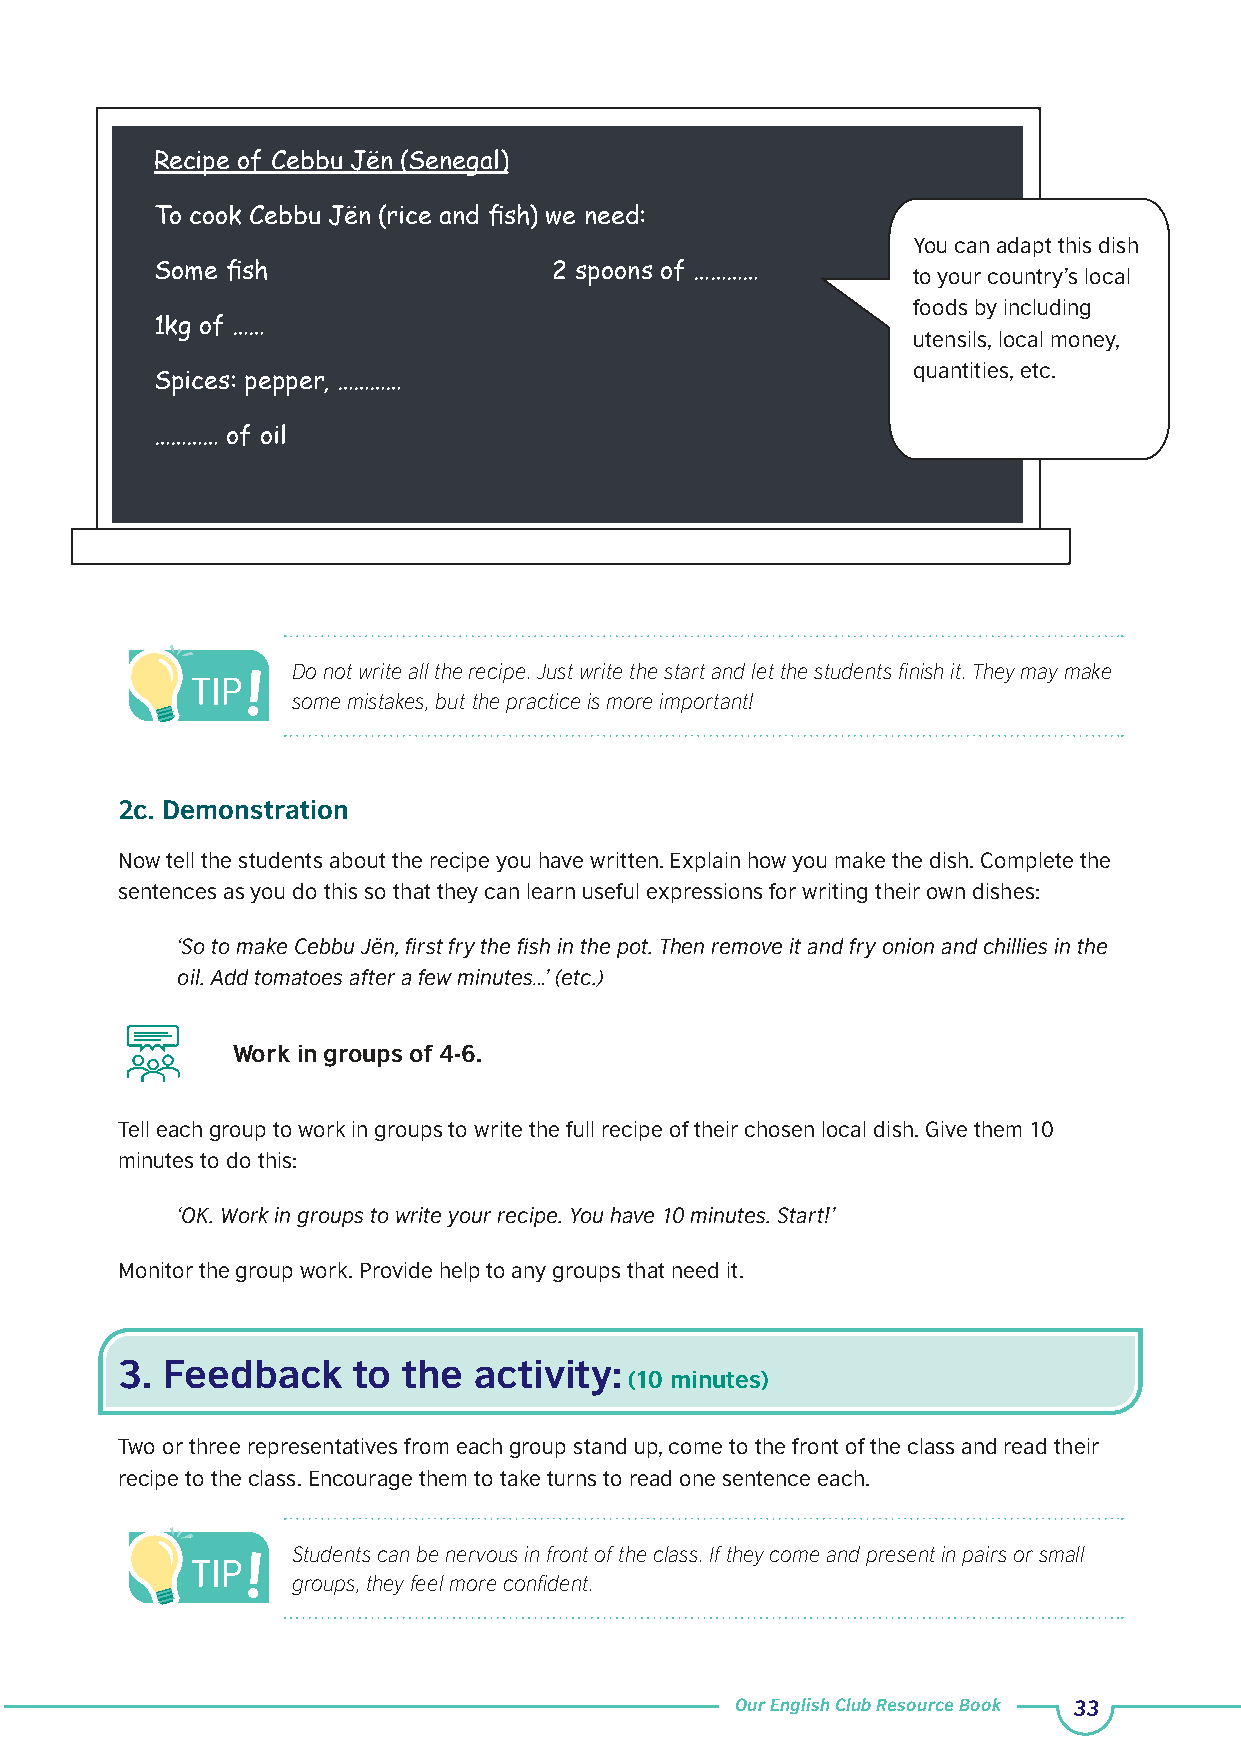
Recipe of Cebbu Jën (Senegal)
 To cook Cebbu Jën (rice and fish) we need:
 You can adapt this dish
 Some fish                  2 spoons of …………       to your country’s local
 foods by including
 1kg of ……
 utensils, local money,
 quantities, etc.
 Spices: pepper, …………
 ………… of oil
 Do not write all the recipe. Just write the start and let the students finish it. They may make
 some mistakes, but the practice is more important!
 2c. Demonstration
 Now tell the students about the recipe you have written. Explain how you make the dish. Complete the
 sentences as you do this so that they can learn useful expressions for writing their own dishes:
 ‘So to make Cebbu Jën, first fry the fish in the pot. Then remove it and fry onion and chillies in the
 oil. Add tomatoes after a few minutes…’ (etc.)
 Work in groups of 4-6.
 Tell each group to work in groups to write the full recipe of their chosen local dish. Give them 10
 minutes to do this:
 ‘OK. Work in groups to write your recipe. You have 10 minutes. Start!’
 Monitor the group work. Provide help to any groups that need it.
 3. Feedback    to  the activity:
 (10 minutes)
 Two or three representatives from each group stand up, come to the front of the class and read their
 recipe to the class. Encourage them to take turns to read one sentence each.
 Students can be nervous in front of the class. If they come and present in pairs or small
 groups, they feel more confident.
 Our English Club Resource Book 33